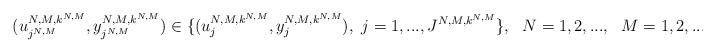
LaTeX: \begin{align*}\ (u^{N,M,k^{N,M}}_{j^{N,M}}, y^{N,M,k^{N,M}}_{j^{N,M}})\in \{(u_j^{N,M,k^{N,M}},y_j^{N,M,k^{N,M}}),\ j=1,...,J^{N,M,k^{N,M}} \}, \ \ N=1,2,..., \ \ M=1,2,...,\end{align*}